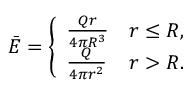
\bar { E } = \left\{ \begin{array} { l l } { \frac { Q r } { 4 \pi R ^ { 3 } } } & { r \leq R , } \\ { \frac { Q } { 4 \pi r ^ { 2 } } } & { r > R . } \end{array} \right.